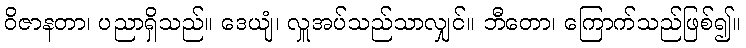
ဝိဇာနတာ၊ ပညာရှိသည်။ ဒေယျံ၊ လှူအပ်သည်သာလျှင်။ ဘီတော၊ ကြောက်သည်ဖြစ်၍။